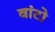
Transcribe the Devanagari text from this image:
वांटो